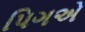
પિગએ